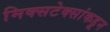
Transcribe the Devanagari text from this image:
मिक्सटेक्सांकडून